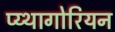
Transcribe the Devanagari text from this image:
प्य्थागोरियन